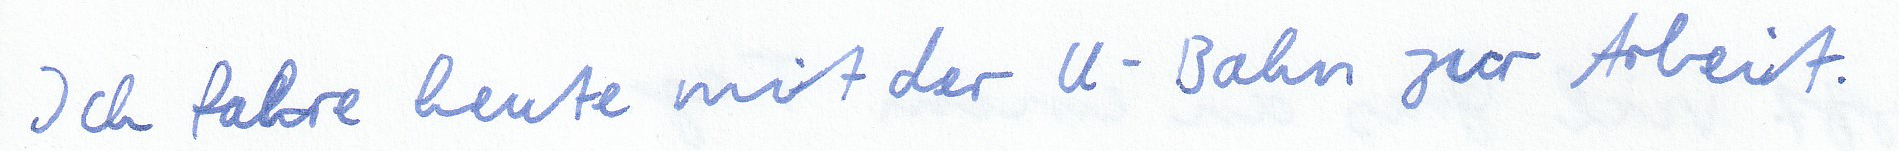
Ich fahre heute mit der U-Bahn zur Arbeit.